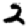
Digit: 2